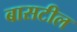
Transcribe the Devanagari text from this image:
बासटील